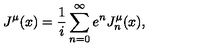
J ^ { \mu } ( x ) = \frac 1 i \sum _ { n = 0 } ^ { \infty } e ^ { n } J _ { n } ^ { \mu } ( x ) ,